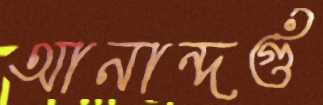
আনান্দগুঁ